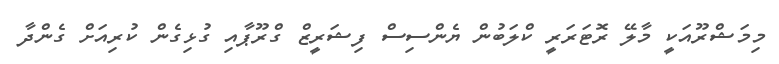
މިމަޝްރޫއަކީ މާލޭ ރޮޓަރަރީ ކްލަބުން ޔެންސިސް ފިޝަރީޒް ގްރޫޕާއި ގުޅިގެން ކުރިއަށް ގެންދާ